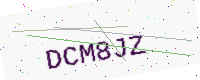
Text: DCM8JZ